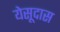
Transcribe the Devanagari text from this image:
येसूदास